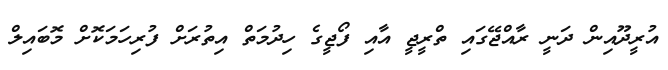
އުރީދޫއިން ދަނީ ރާއްޖޭގައި ތްރީޖީ އާއި ފޯޖީގެ ހިދުމަތް އިތުރަށް ފުރިހަމަކޮށް މޮބައިލް